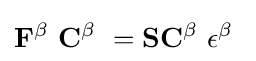
\mathbf {F} ^{\beta }\ \mathbf {C} ^{\beta }\ =\mathbf {S} \mathbf {C} ^{\beta }\ \mathbf {\epsilon } ^{\beta }\